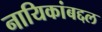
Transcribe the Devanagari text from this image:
नायिकांबद्दल